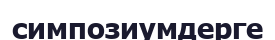
симпозиумдерге